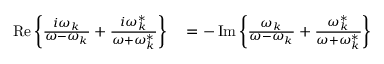
\begin{array} { r l } { \operatorname { R e } \left\{ \frac { i \omega _ { k } } { \omega - \omega _ { k } } + \frac { i \omega _ { k } ^ { * } } { \omega + \omega _ { k } ^ { * } } \right\} } & { { } = - \operatorname { I m } \left\{ \frac { \omega _ { k } } { \omega - \omega _ { k } } + \frac { \omega _ { k } ^ { * } } { \omega + \omega _ { k } ^ { * } } \right\} } \end{array}